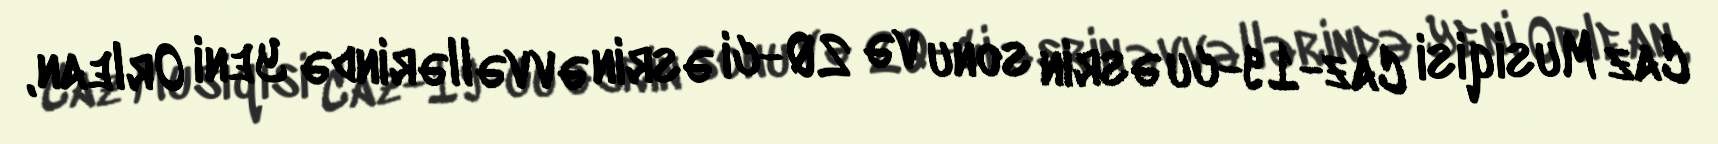
Caz Musiqisi Caz-19-cu əsrin sonu və 20-ci əsrin əvvəllərində Yeni Orlean,